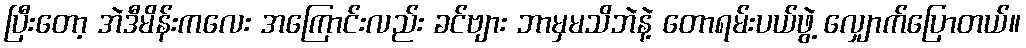
ပြီးတော့ အဲဒီမိန်းကလေး အကြောင်းလည်း ခင်ဗျား ဘာမှမသိဘဲနဲ့ တောရမ်းပယ်ဖွဲ့ လျှောက်ပြောတယ်။